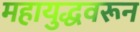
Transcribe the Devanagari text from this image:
महायुद्धवरून